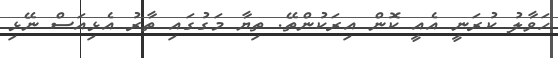
ހަވާލު ކުރަނީ އެއީ ކޮން އިރަކުންތޭ. ތިޔާ މަގުގައި ތާރު އެޅިއަސް ނޭޅި